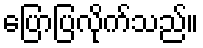
ပြောပြလိုက်သည်။